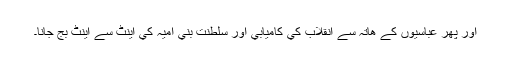
اور پھر عباسيوں کے ھاتہ سے انقلاب کي کاميابي اور سلطنت بني اميہ کي اينٹ سے اينٹ بج جانا۔